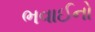
ભવાઈનો